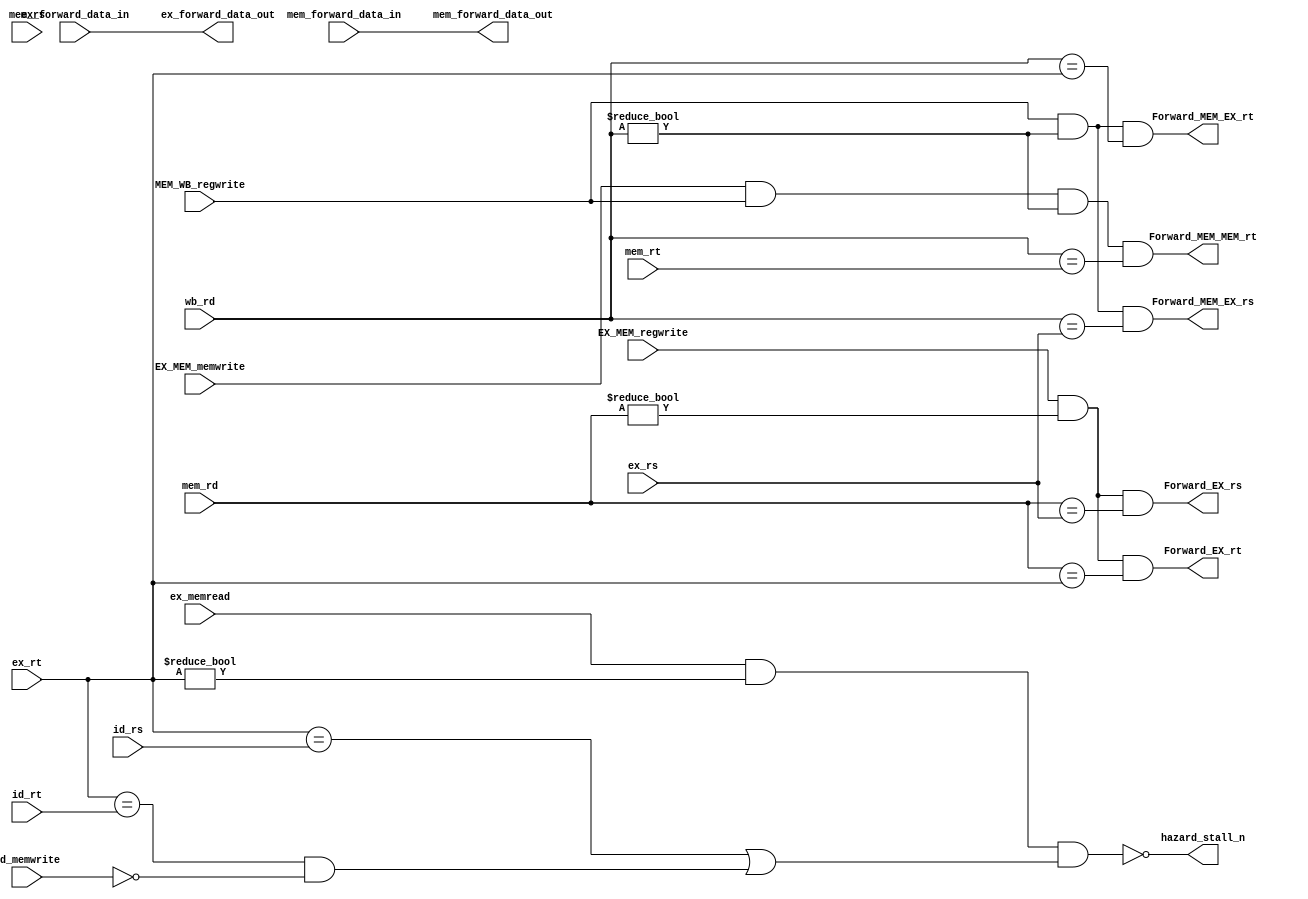
// Encapsulates forwarding logic and the data that will be sent to ID_EX and
// EX_MEM pipeline registers
//
// Logic:
//
// EX/EX forward:
// if (EX/MEM.RegWrite
// and (EX/MEM.RegisterRd  0)
// and (EX/MEM.RegisterRd = ID/EX.RegisterRs)) ForwardA = 10
//
// if (EX/MEM.RegWrite
// and (EX/MEM.RegisterRd  0)
// and (EX/MEM.RegisterRd = ID/EX.RegisterRt)) ForwardB = 10
//
// MEM/EX forward:
// if (MEM/WB.RegWrite
// and (MEM/WB.RegisterRd =  0)
// and (MEM/WB.RegisterRd = ID/EX.RegisterRs)) ForwardA = 01
//
// if (MEM/WB.RegWrite
// and (MEM/WB.RegisterRd =  0)
// and (MEM/WB.RegisterRd = ID/EX.RegisterRt)) ForwardB = 01

// MEM-MEM forwarding
// if(EX/MEM.MemWrite
// and MEM/WB.RegWrite
// and (MEM/WB.RegisterRd 0)
// and (MEM/WB.RegisterRd = EX/MEM.RegisterRt)) enable MEM-to-MEM forwarding;

// Stall Logic:
// if ( ID/EX.MemRead and (ID/EX.RegisterRt  0)
// and ( (ID/EX.RegisterRt = IF/ID.RegisterRs)
// or ((ID/EX.RegisterRt = IF/ID.RegisterRt) and not IF/ID.MemWrite))
// ) enable load-to-use stall;

module Forwarding_Unit(
  // Deciding Logic:
  input EX_MEM_regwrite,
  input [3:0] mem_rd, ex_rs, ex_rt,
  input MEM_WB_regwrite,
  input [3:0] wb_rd, mem_rs, mem_rt,
  input EX_MEM_memwrite,
  output Forward_EX_rs, Forward_EX_rt,
  output Forward_MEM_EX_rs, Forward_MEM_EX_rt,
  output Forward_MEM_MEM_rt,

  input [15:0] ex_forward_data_in,
  output [15:0] ex_forward_data_out,
  input [15:0] mem_forward_data_in,
  output [15:0] mem_forward_data_out,

  input ex_memread,
  input [3:0] id_rs, id_rt,
  input id_memwrite,
  output hazard_stall_n
  );

// EX-MEM Forward:
assign Forward_EX_rs = EX_MEM_regwrite & (mem_rd != 4'h0) &
  (mem_rd == ex_rs);
assign Forward_EX_rt = EX_MEM_regwrite & (mem_rd != 4'h0) &
  (mem_rd == ex_rt);

// can connect in top level but this is easier to look at
assign ex_forward_data_out = ex_forward_data_in;


// MEM-EX Forward:
assign Forward_MEM_EX_rs = MEM_WB_regwrite & (wb_rd != 4'h0) &
  (wb_rd == ex_rs);
assign Forward_MEM_EX_rt = MEM_WB_regwrite & (wb_rd != 4'h0) &
  (wb_rd == ex_rt);
assign mem_forward_data_out = mem_forward_data_in;

// MEM-MEM Forward:
assign Forward_MEM_MEM_rt = EX_MEM_memwrite & MEM_WB_regwrite &
  (wb_rd != 4'h0) & (wb_rd == mem_rt);
// output will be mem_forward_data_out assigned above

assign hazard_stall_n = ~(ex_memread & (ex_rt != 4'h0) &
((ex_rt == id_rs) | ((ex_rt == id_rt) & ~id_memwrite)));


endmodule